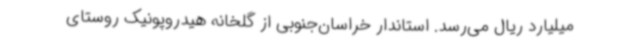
میلیارد ریال می‌رسد. استاندار خراسان‌جنوبی از گلخانه هیدروپونیک روستای